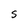
Character: S